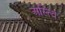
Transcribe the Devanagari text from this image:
अस्त्वि